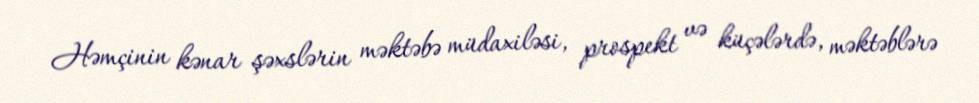
Həmçinin kənar şəxslərin məktəbə müdaxiləsi, prospekt və küçələrdə, məktəblərə